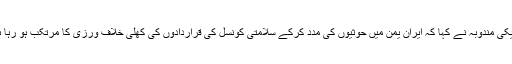
امریکی مندوبہ نے کہا کہ ایران یمن میں حوثیوں کی مدد کرکے سلامتی کونسل کی قراردادوں کی کھلی خلاف ورزی کا مرتکب ہو رہا ہے۔